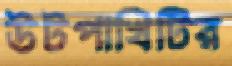
উটপাখিটির